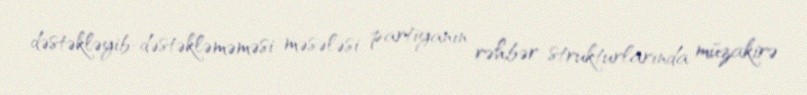
dəstəkləyib-dəstəkləməməsi məsələsi partiyanın rəhbər strukturlarında müzakirə